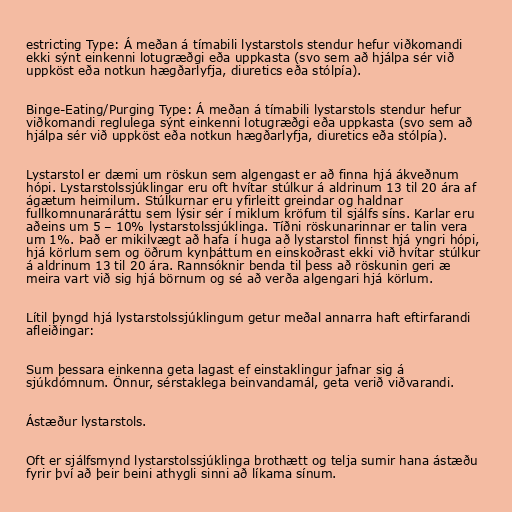
estricting Type: Á meðan á tímabili lystarstols stendur hefur viðkomandi
ekki sýnt einkenni lotugræðgi eða uppkasta (svo sem að hjálpa sér við
uppköst eða notkun hægðarlyfja, diuretics eða stólpía).

Binge-Eating/Purging Type: Á meðan á tímabili lystarstols stendur hefur
viðkomandi reglulega sýnt einkenni lotugræðgi eða uppkasta (svo sem að
hjálpa sér við uppköst eða notkun hægðarlyfja, diuretics eða stólpía).

Lystarstol er dæmi um röskun sem algengast er að finna hjá ákveðnum
hópi. Lystarstolssjúklingar eru oft hvítar stúlkur á aldrinum 13 til 20 ára af
ágætum heimilum. Stúlkurnar eru yfirleitt greindar og haldnar
fullkomnunaráráttu sem lýsir sér í miklum kröfum til sjálfs síns. Karlar eru
aðeins um 5 – 10% lystarstolssjúklinga. Tíðni röskunarinnar er talin vera
um 1%. Það er mikilvægt að hafa í huga að lystarstol finnst hjá yngri hópi,
hjá körlum sem og öðrum kynþáttum en einskoðrast ekki við hvítar stúlkur
á aldrinum 13 til 20 ára. Rannsóknir benda til þess að röskunin geri æ
meira vart við sig hjá börnum og sé að verða algengari hjá körlum.

Lítil þyngd hjá lystarstolssjúklingum getur meðal annarra haft eftirfarandi
afleiðingar:

Sum þessara einkenna geta lagast ef einstaklingur jafnar sig á
sjúkdómnum. Önnur, sérstaklega beinvandamál, geta verið viðvarandi.

Ástæður lystarstols.

Oft er sjálfsmynd lystarstolssjúklinga brothætt og telja sumir hana ástæðu
fyrir því að þeir beini athygli sinni að líkama sínum.